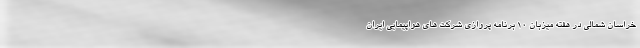
خراسان شمالی در هفته میزبان ۱۰ برنامه پروازی شرکت های هواپیمایی ایران